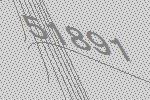
51891